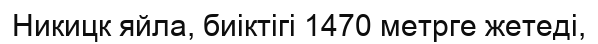
Никицк яйла, биіктігі 1470 метрге жетеді,